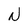
Character: N